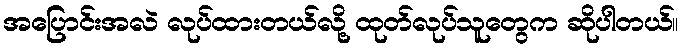
အပြောင်းအလဲ လုပ်ထားတယ်လို့ ထုတ်လုပ်သူတွေက ဆိုပါတယ်။